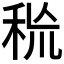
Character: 𥞙